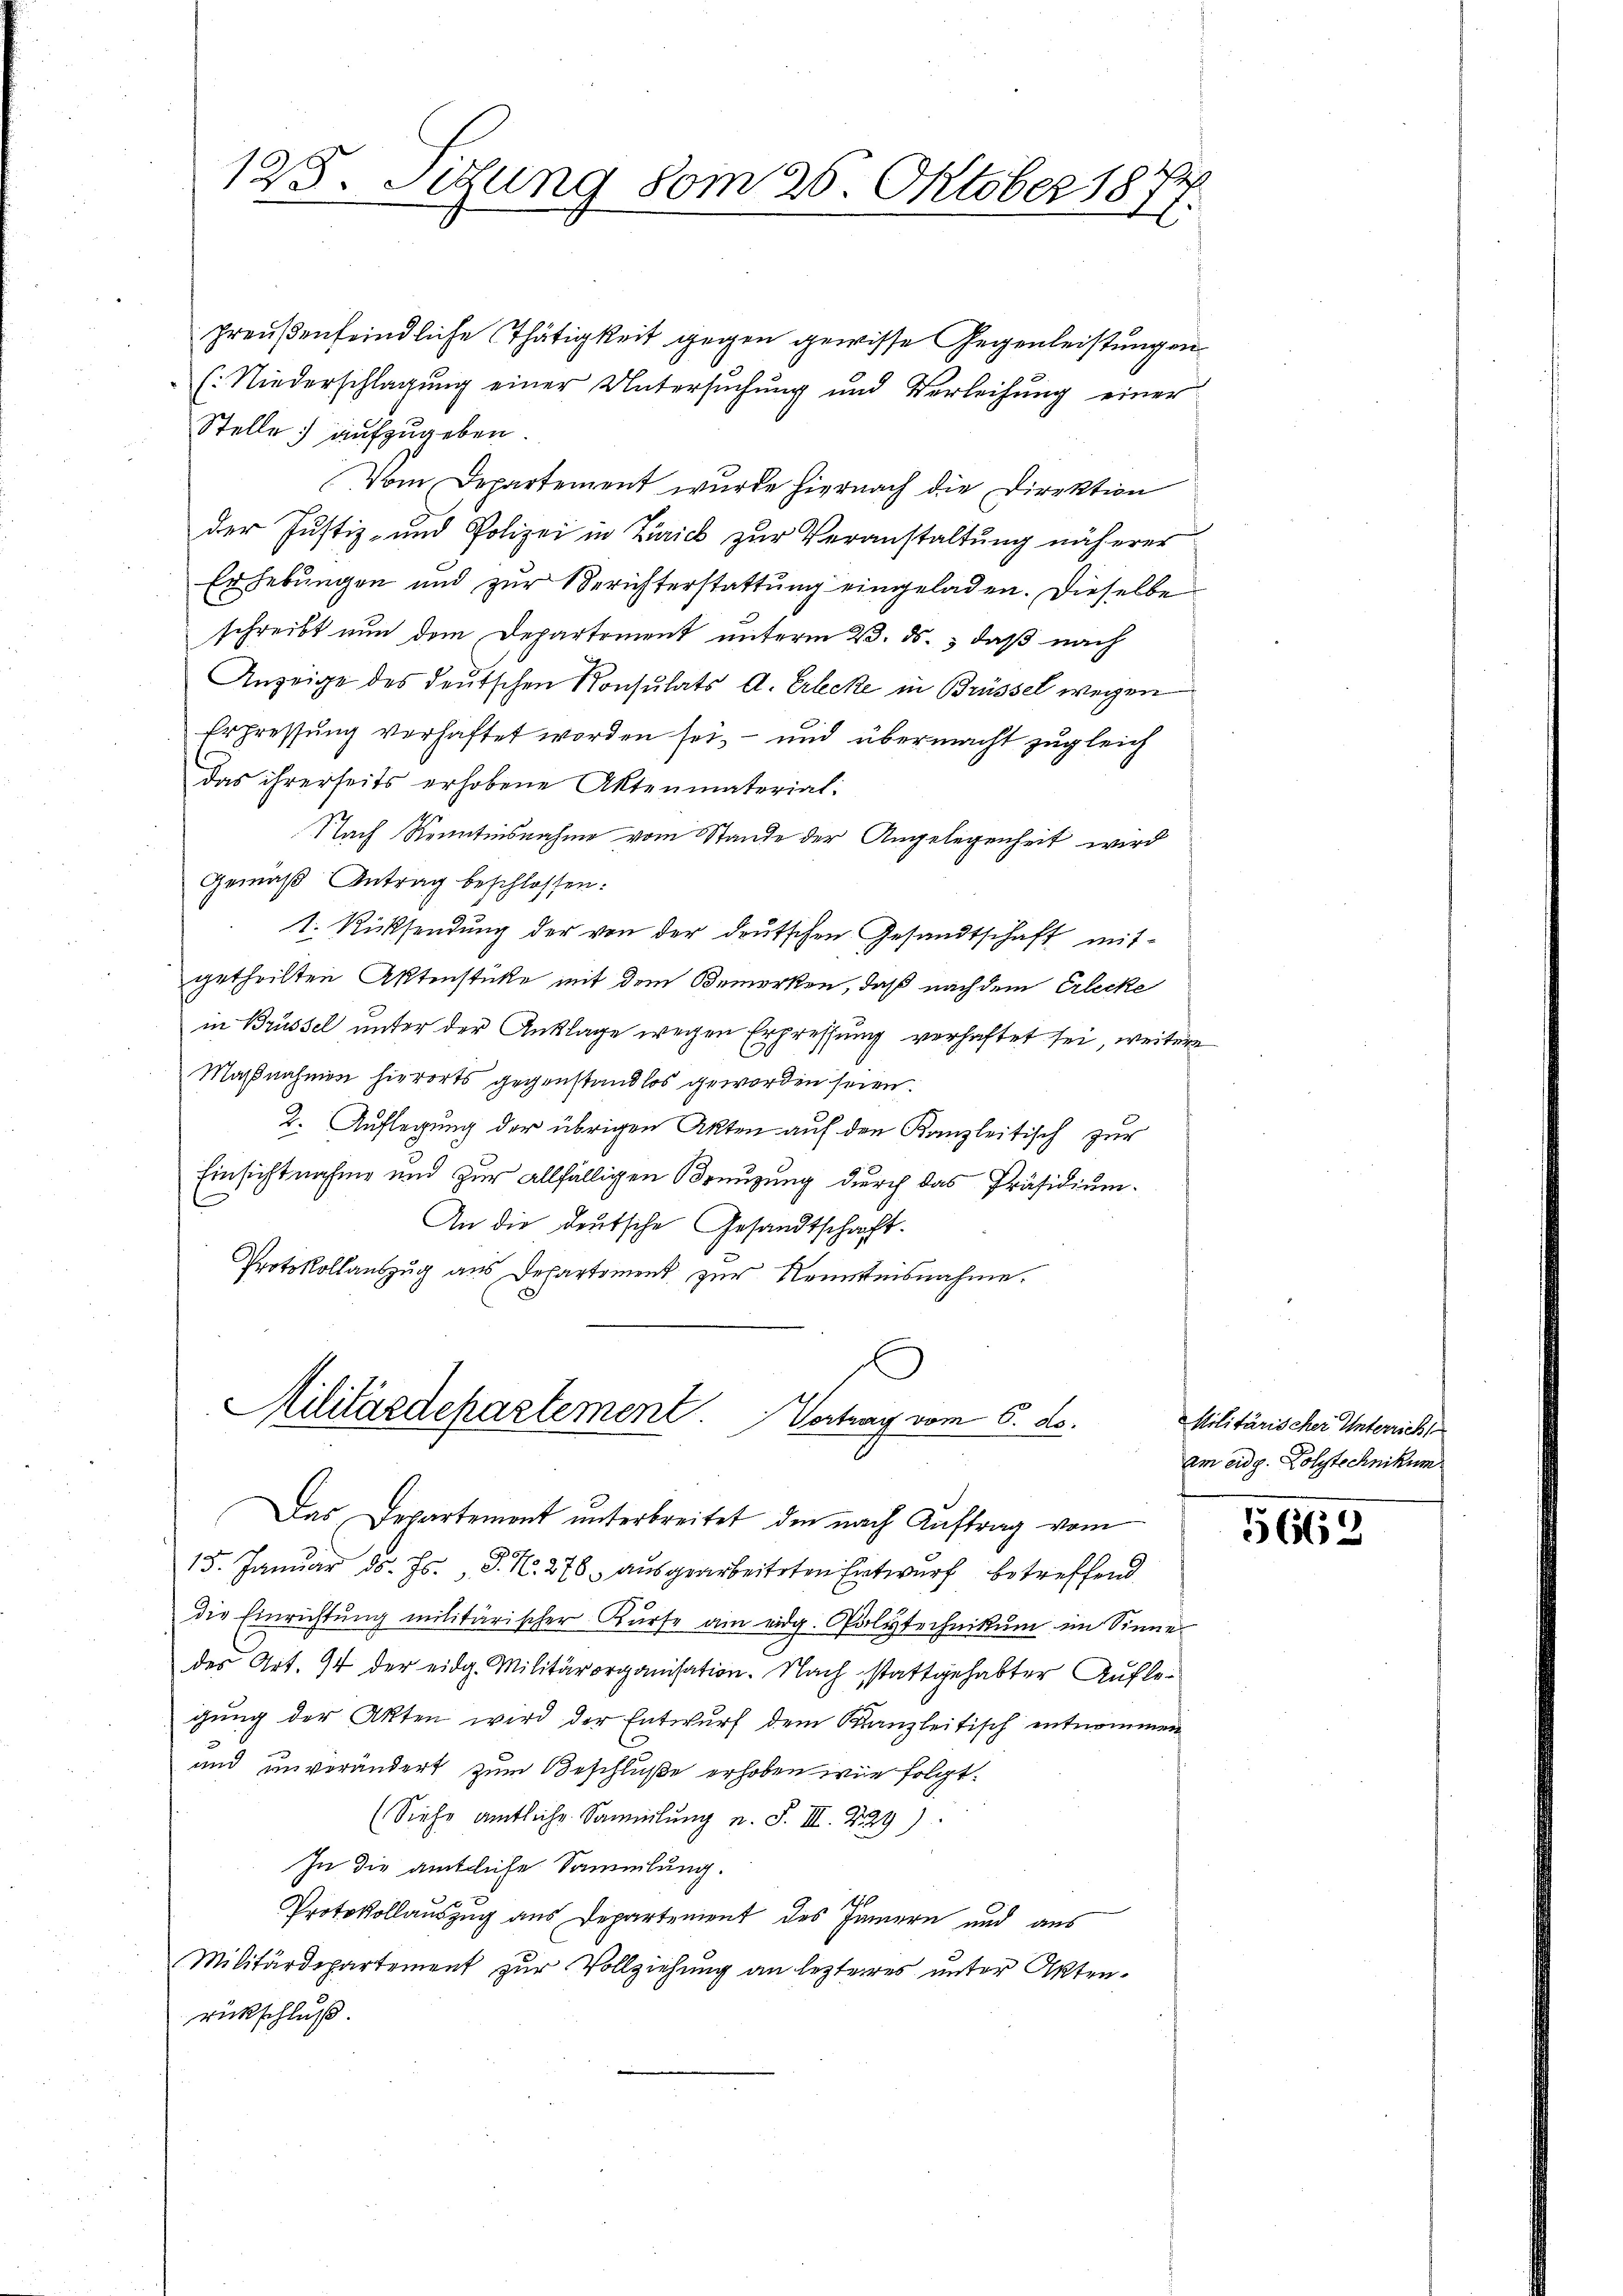
125. Sitzung vom 26. Oktober 18

preußenfeindliche Thätigkeit gegen gewisse Gegenleistungen
(: Niederschlagung einer Untersŭchŭng und Verleihung einer
Stelle aufzugeben.
Vom Departement wurde hiernach die Direktion
der Justiz- und Polizei in Zürich zur Veranstaltung näherer
Erhebungen und zur Berichterstattung eingeladen. Dieselbe
schreibt nun dem Departement unterm 23. ds., daß nach
Anzeige des deutschen Konsulats A. Erlecke in Brüssel wegen
Erpressung verhaftet worden sei, – und übermacht zugleich
das ihrerseits erhobene Aktenmaterial-
Nach Kenntnisnahme vom Stande der Angelegenheit wird
Gemäß Antrag beschlossen:
1. Rücksendung der von der deutschen Gesandtschaft mitgetheilten Aktenstücke mit dem Bemerken, daß nach dem Erlecke
in Brüssel unter der Anklage wegen Erpressung verhaftet sei, weitere
Maßnahmen hierorts gegenstandlos geworden seien.
2. Auflegung der übrigen Akten auf den Kanzleitisch zur
Einsichtnahme und zur allfälligen Benuzung durch das Präsidium¬
An die deutsche Gesandtschaft.
Protokollauszug aus Departement zur Kenntnisnahme.
Militärdepartement. Vertrag vom 6. ds.

Das Departement unterbreitet, den nach Auftrag vom

15. Januar d. Js. P. N. 278 ausgearbeiteten Entwurf betreffend
die Einrichtung militärischer Kurse am eidg. Polytechnikum im Sinne
des Art. 94 der eidg. Militärorganisation. Nach stattgehabter Auflegung der Akten wird der Entwurf dem Kanzleitisch entnommen
und unverändert zum Beschluße erhoben wir folgt.
(Siehe amtliche Samlung u. S. III. 229)
In die amtliche Sammlung.
h
Protokollauszug aus Departement des Jännern und aus
Militärdepartement zŭr Vollziehung an lezteres unter Akten-
rückschluß.

Militärischer Unterrich
am eidg. Polytechnikum

5662